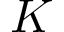
K